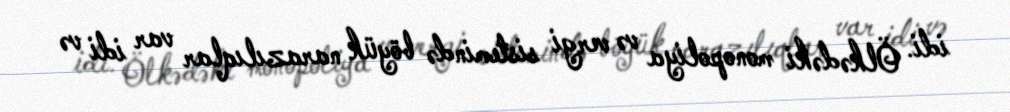
idi. Ölkədəki monopoliya və vergi sistemində böyük narazılıqlar var idi və